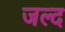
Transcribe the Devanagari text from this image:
जल्द